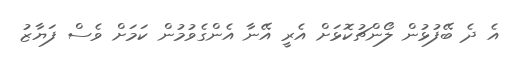
އެ ދެ ބޭފުޅުން ލޯންޗުކޮޅަށް އެރީ އޭނާ އެންގެވުމުން ކަމަށް ވެސް ފަޔާޒު